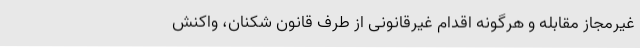
غیرمجاز مقابله و هرگونه اقدام غیرقانونی از طرف قانون شکنان، واکنش